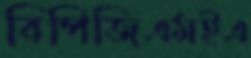
বিপিজিএমইএ